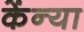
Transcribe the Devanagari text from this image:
केंन्या